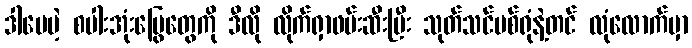
ဒါပေမဲ့ စပါးအုံးမြွေတွေကို ဒီလို လိုက်ရှာဖမ်းဆီးပြီး သုတ်သင်ပစ်ရုံနဲ့တင် လုံလောက်မှာ